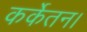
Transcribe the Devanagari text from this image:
कर्केतन।